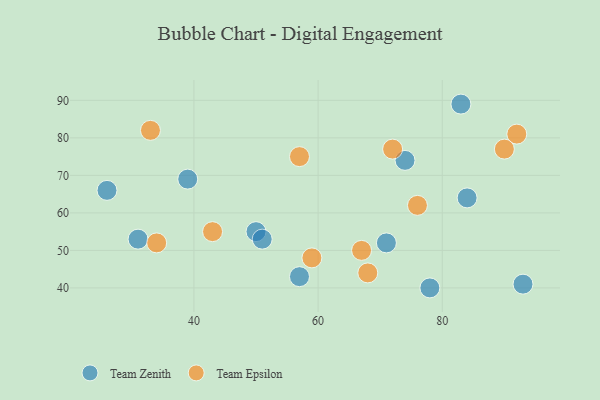
{"axis": {"x": "GDP", "y": "Life Expectancy"}, "legend": ["Team Epsilon", "Team Zenith"], "data": [{"x": "93", "y": 41, "type": "Team Zenith"}, {"x": "31", "y": 53, "type": "Team Zenith"}, {"x": "39", "y": 69, "type": "Team Zenith"}, {"x": "50", "y": 55, "type": "Team Zenith"}, {"x": "84", "y": 64, "type": "Team Zenith"}, {"x": "51", "y": 53, "type": "Team Zenith"}, {"x": "71", "y": 52, "type": "Team Zenith"}, {"x": "74", "y": 74, "type": "Team Zenith"}, {"x": "57", "y": 43, "type": "Team Zenith"}, {"x": "26", "y": 66, "type": "Team Zenith"}, {"x": "78", "y": 40, "type": "Team Zenith"}, {"x": "83", "y": 89, "type": "Team Zenith"}, {"x": "34", "y": 52, "type": "Team Epsilon"}, {"x": "68", "y": 44, "type": "Team Epsilon"}, {"x": "67", "y": 50, "type": "Team Epsilon"}, {"x": "92", "y": 81, "type": "Team Epsilon"}, {"x": "57", "y": 75, "type": "Team Epsilon"}, {"x": "33", "y": 82, "type": "Team Epsilon"}, {"x": "59", "y": 48, "type": "Team Epsilon"}, {"x": "76", "y": 62, "type": "Team Epsilon"}, {"x": "72", "y": 77, "type": "Team Epsilon"}, {"x": "90", "y": 77, "type": "Team Epsilon"}, {"x": "43", "y": 55, "type": "Team Epsilon"}]}